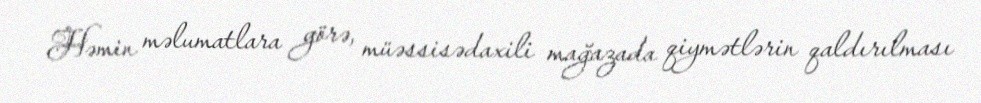
Həmin məlumatlara görə, müəssisədaxili mağazada qiymətlərin qaldırılması